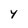
Character: y